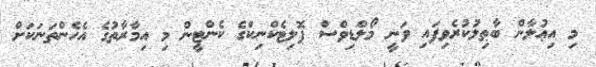
މި އިޢުލާން ބާޠިލުކުރެވިފައި ވަނީ މޯލްޑިވްސް ޕޮލިޓެކްނިކްގެ ކެންޓީން މި އިމާރާތުގެ އެހެންތަނަކަށް